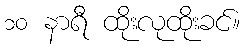
၁၀ နာရီ ထိုးလုထိုးခင်။